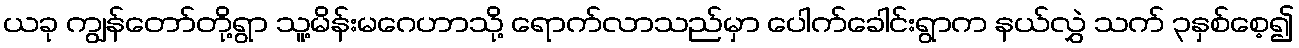
ယခု ကျွန်တော်တို့ရွာ သူ့မိန်းမဂေဟာသို့ ရောက်လာသည်မှာ ပေါက်ခေါင်းရွာက နယ်လွှဲ သက် ၃နှစ်စေ့၍